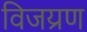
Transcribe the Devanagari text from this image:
विजय्रण